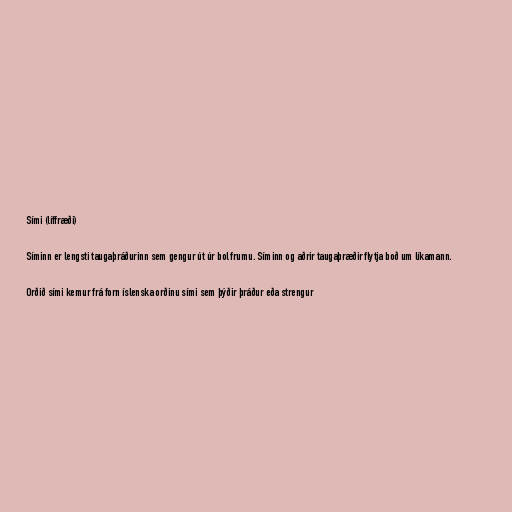
Sími (líffræði)

Síminn er lengsti taugaþráðurinn sem gengur út úr bol frumu. Síminn og aðrir taugaþræðir flytja boð um líkamann.

Orðið sími kemur frá forn íslenska orðinu sími sem þýðir þráður eða strengur